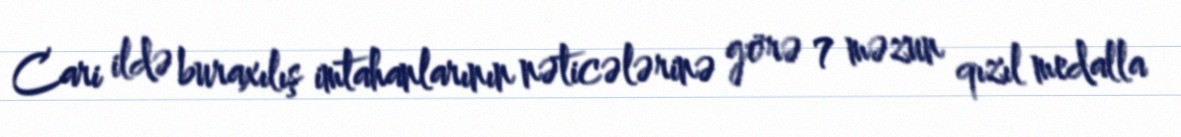
Cari ildə buraxılış imtahanlarının nəticələrinə görə 7 məzun qızıl medalla